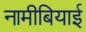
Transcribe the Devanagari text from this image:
नामीबियाई